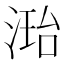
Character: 𪶝